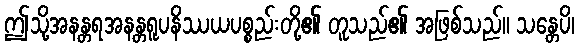
ဤသို့အနန္တရအနန္တရူပနိဿယပစ္စည်းတို့၏ တူသည်၏ အဖြစ်သည်။ သန္တေပိ၊